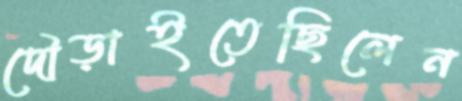
দৌড়াইতেছিলেন